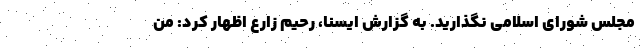
مجلس شورای اسلامی نگذارید. به گزارش ایسنا، رحیم زارع اظهار کرد: من